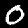
Digit: 0